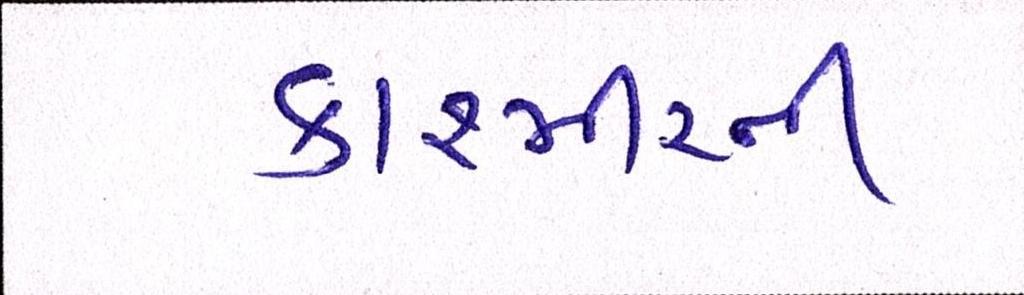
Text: કાશ્મીરની